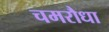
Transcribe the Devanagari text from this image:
चमरौधा